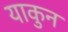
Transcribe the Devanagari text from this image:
याकुन